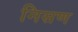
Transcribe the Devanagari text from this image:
निसण